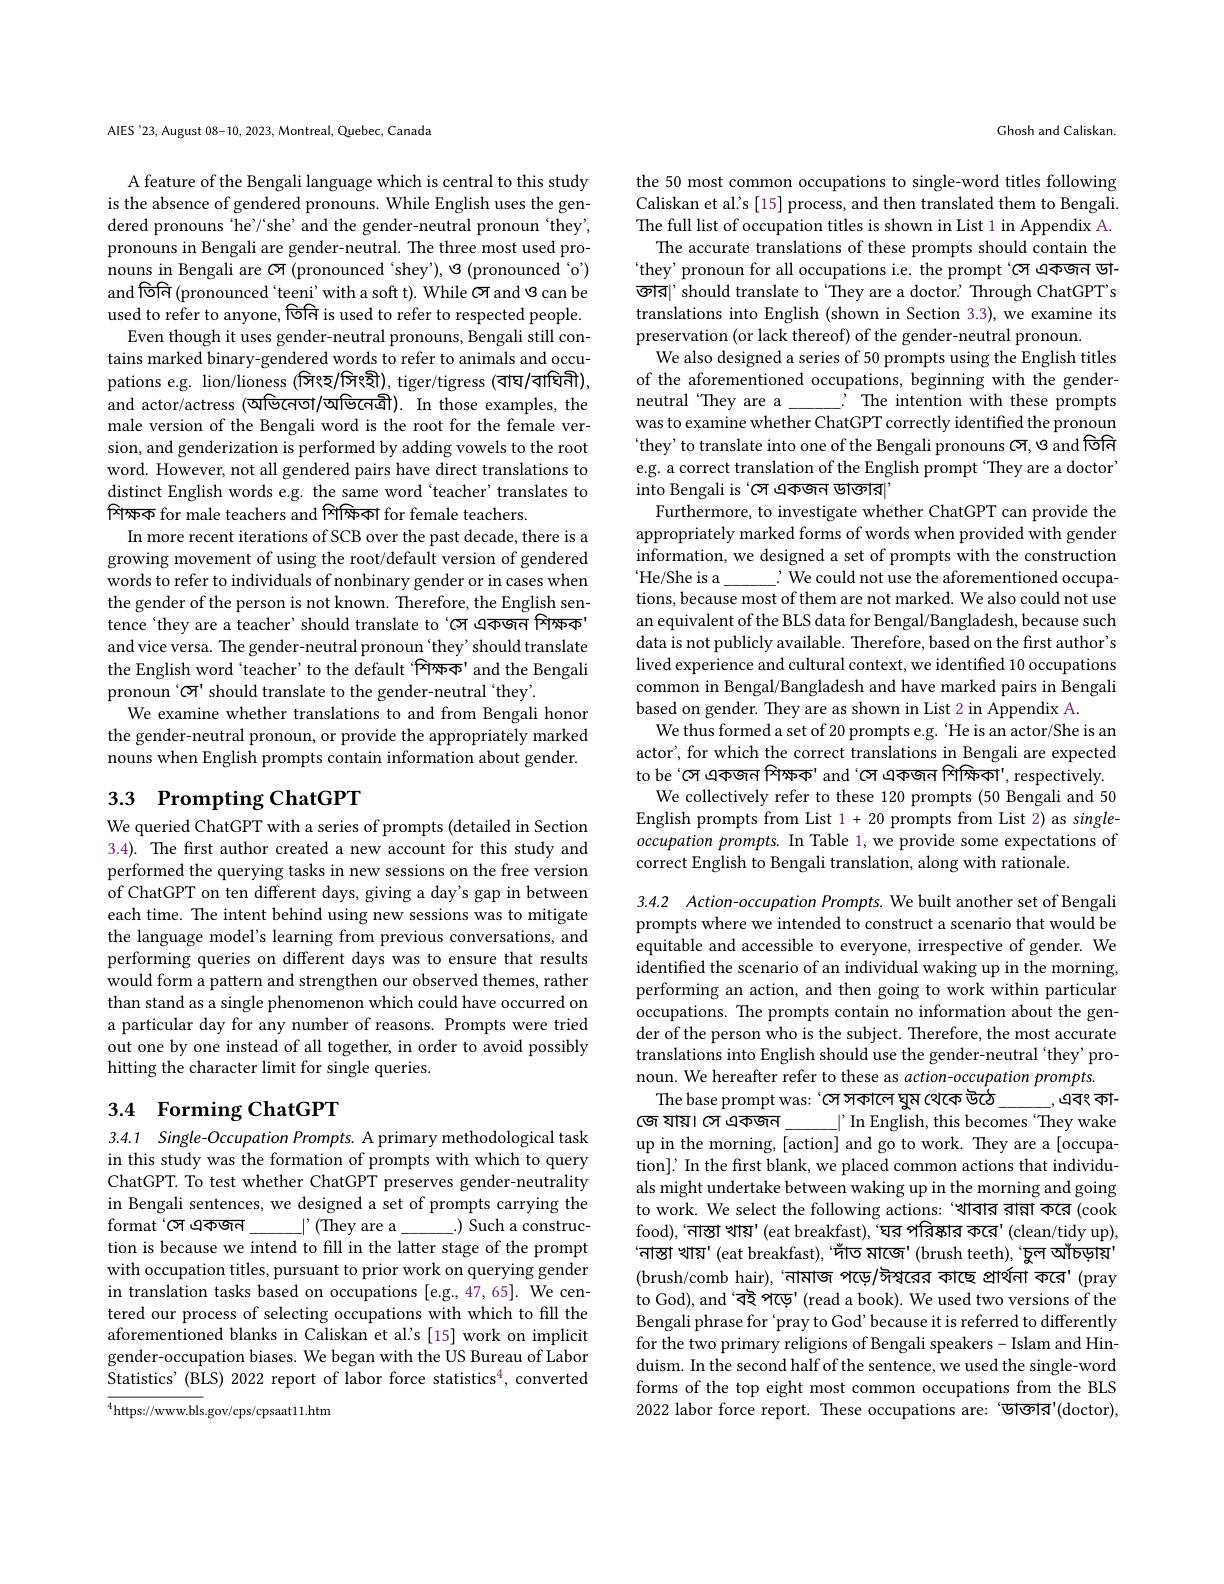
AlES'23, August 08-10, 2023, Montreal, Quebec, Canada

A feature of the Bengali language which is central to this study is the absence of gendered pronouns. While English uses the gendered pronouns `he'/`she' and the gender-neutral pronoun `they', pronouns in Bengali are gender-neutral. The three most used pronouns in Bengali are স (pronounced‘shey'), ও (pronounced‘o') and তিনি (pronounced 'teeni' with a soft t). While সে and ও can be used to refer to anyone, vor is used to refer to respected people.
Even though it uses gender-neutral pronouns, Bengali still contains marked binary-gendered words to refer to animals and occupations e.g. lion/lioness (সিংহ/সিংহী), tiger/tigress (বাঘ/বাঘিনী), and actor/actress (অভিনেতা/অভিনেত্রী). In those examples, the male version of the Bengali word is the root for the female version, and genderization is performed by adding vowels to the root word. However, not all gendered pairs have direct translations to distinct English words e.g. the same word `teacher' translates to $\textbf{শ ি ক ্ ষ ক for male teachers and শ ি ক ্ ষ ি ক া for female teachers. }$
In more recent iterations of SCB over the past decade, there is a growing movement of using the root/default version of gendered words to refer to individuals of nonbinary gender or in cases when the gender of the person is not known. Therefore, the English sentence‘they are a teacher’should translate to‘সে একজন শিক্ষক' and vice versa. The gender-neutral pronoun 'they' should translate the English word 'teacher' to the default 'শিক্ষক' and the Bengali pronoun‘স' should translate to the gender-neutral 'they'.
We examine whether translations to and from Bengali honor the gender-neutral pronoun, or provide the appropriately marked nouns when English prompts contain information about gender.

## 3.3 Prompting ChatGPT

We queried ChatGPT with a series of prompts (detailed in Section 3.4). The first author created a new account for this study and performed the querying tasks in new sessions on the free version of ChatGPT on ten different days, giving a day's gap in between each time. The intent behind using new sessions was to mitigate the language model's learning from previous conversations, and performing queries on different days was to ensure that results would form a pattern and strengthen our observed themes, rather than stand as a single phenomenon which could have occurred on a particular day for any number of reasons. Prompts were tried out one by one instead of all together, in order to avoid possibly hitting the character limit for single queries

## 3.4 Forming ChatGPT

3.4.1 Single-Occupation Prompts. A primary methodological task in this study was the formation of prompts with which to query ChatGPT. To test whether ChatGPT preserves gender-neutrality in Bengali sentences, we designed a set of prompts carrying the
$\_.)$ Such a construc-
format'স একজন
$\underline{\mid^{\prime}(}$They are a$_{\mathrm{mod}}$
tion is because we intend to fill in the latter stage of the prompt with occupation titles, pursuant to prior work on querying gender in translation tasks based on occupations [e.g.,47,65]. We centered our process of selecting occupations with which to fill the aforementioned blanks in Caliskan et al's [15] work on implicit gender-occupation biases. We began with the US Bureau of Labor Statistics' (BLS) 2022 report of labor force statistics$^4$, converted

$^{4}$https://www.bls.gov/cps/cpsaat11.htm

Ghosh and Caliskan.

the 50 most common occupations to single-word titles following Caliskan et al's [15] process, and then translated them to Bengali. The full list of occupation titles is shown in List 1 in Appendix A.
The accurate translations of these prompts should contain the 'they' pronoun for all occupations i.e. the prompt'সে একজন ডা- ক্তার|' should translate to ‘They are a doctor? Through ChatGPT's translations into English (shown in Section 3.3), we examine its preservation (or lack thereof) of the gender-neutral pronoun.
We also designed a series of 50 prompts using the English titles of the aforementioned occupations, beginning with the gender-
The intention with these prompts
neutral ‘They are a
was to examine whether ChatGPT correctly identified the pronoun 'they' to translate into one of the Bengali pronouns সে, ও and তিনি e.g. a correct translation of the English prompt‘They are a doctor’ into Bengali is 'সে একজন ডাক্তার|'
Furthermore, to investigate whether ChatGPT can provide the appropriately marked forms of words when provided with gender information, we designed a set of prompts with the construction 'He/She is a
$\therefore$ We could not use the aforementioned occupa-
tions, because most of them are not marked. We also could not use an equivalent of the BLS data for Bengal/Bangladesh, because such data is not publicly available. Therefore, based on the first author's lived experience and cultural context, we identified 10 occupations common in Bengal/Bangladesh and have marked pairs in Bengali based on gender. They are as shown in List 2 in Appendix A
We thus formed a set of 20 prompts e.g. 'He is an actor/She is an actor', for which the correct translations in Bengali are expected to be'সে একজন শিক্ষক'and'সে একজন শিক্ষিকা', respectively.
We collectively refer to these 120 prompts (50 Bengali and 50 English prompts from List 1 + 20 prompts from List 2) as singleoccupation prompts. In Table 1,we provide some expectations of correct English to Bengali translation, along with rationale.

3.4.2 Action-occupation Prompts. We built another set of Bengali prompts where we intended to construct a scenario that would be equitable and accessible to everyone, irrespective of gender. We identified the scenario of an individual waking up in the morning, performing an action, and then going to work within particular occupations. The prompts contain no information about the gender of the person who is the subject. Therefore, the most accurate translations into English should use the gender-neutral `they' pronoun. We hereafter refer to these as action-occupation prompts.
The base prompt was: ‘ সে সকালে ঘুষ থেকে উঠে
-,এবং কা-
জে যায়। সে একজন
$\perp^{\prime}$ In English, this becomes ‘They wake
up in the morning, [action] and go to work. They are a [occupation]' In the first blank, we placed common actions that individuals might undertake between waking up in the morning and going to work. We select the following actions: ‘খাবার রান্না করে(cook food), 'নাস্তা খায়' (eat breakfast), 'ঘর পরিক্কার কর' (clean/tidy up), $`$নাস্তা খায়'(eat breakfast),“দাঁত মাজে'(brush teeth),‘চুল আঁচড়ায়' (brush/comb hair), 'নামাজ পড়ে/ঈষ্বরের কাছে প্রার্থনা করে' (pray to God), and ‘বই পড়ে' (read a book). We used two versions of the Bengali phrase for ‘pray to God’because it is referred to differently for the two primary religions of Bengali speakers- Islam and Hinduism. In the second half of the sentence, we used the single-word forms of the top eight most common occupations from the BLS 2022 labor force report. These occupations are: ‘ভাক্তার'(doctor),